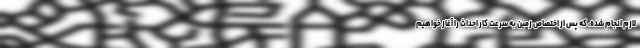
لازم انجام شده، که پس از اختصاص زمین به سرعت کار احداث را آغاز خواهیم